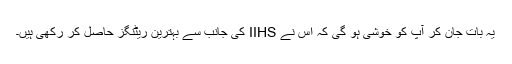
یہ بات جان کر آپ کو خوشی ہو گی کہ اس نے IIHS کی جانب سے بہترین ریٹنگز حاصل کر رکھی ہیں۔